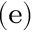
{ { \bf \Pi } ^ { \left( \mathrm { e } \right) } }